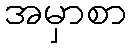
အမှာစာ